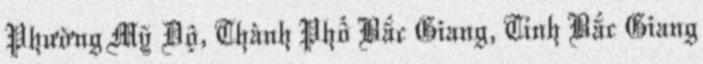
Phường Mỹ Độ, Thành Phố Bắc Giang, Tỉnh Bắc Giang